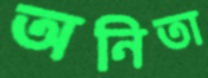
অনিতা